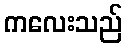
ကလေးသည်